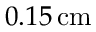
0 . 1 5 \, \mathrm { c m }